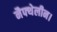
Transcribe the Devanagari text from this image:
नैफ्थेलीन।